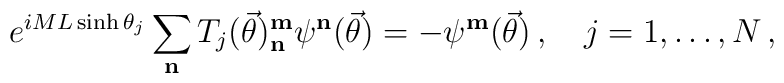
e^{iML\sinh \theta _{j}}\sum _{\mathbf{n}}T_{j}( \vec{\theta }) ^{\mathbf{m}}_{\mathbf{n}}\psi ^{\mathbf{n}}( \vec{\theta }) =-\psi ^{\mathbf{m}}( \vec{\theta }) \, ,\quad j=1,\ldots ,N\, ,